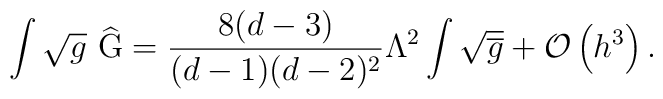
\int \sqrt{g}\ \widehat{{\rm G}}=\frac{8(d-3)}{(d-1)(d-2)^{2}}\Lambda^{2}\int \sqrt{\overline{g}}+{\cal O}\left( h^{3}\right) .